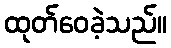
ထုတ်ဝေခဲ့သည်။